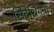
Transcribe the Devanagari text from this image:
सिटेशियनों